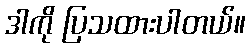
ဒါကို ပြသထားပါတယ်။